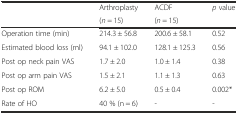
| <ROWSPAN=2>  | Arthroplasty | ACDF | <ROWSPAN=2> p value |
 | (n = 15) | (n = 15) |
 | --- | --- | --- | --- |
 | Operation time (min) | 214.3 ± 56.8 | 200.6 ± 58.1 | 0.52 |
 | Estimated blood loss (ml) | 94.1 ± 102.0 | 128.1 ± 125.3 | 0.56 |
 | Post op neck pain VAS | 1.7 ± 2.0 | 1.0 ± 1.4 | 0.38 |
 | Post op arm pain VAS | 1.5 ± 2.1 | 1.1 ± 1.3 | 0.63 |
 | Post op ROM | 6.2 ± 5.0 | 0.5 ± 0.4 | 0.002* |
 | Rate of HO | 40 % (n = 6) | - | - |